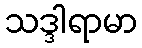
သဒ္ဒါရာမာ